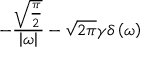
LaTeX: - { \frac { \sqrt { \frac { \pi } { 2 } } } { \left| \omega \right| } } - { \sqrt { 2 \pi } } \gamma \delta \left( \omega \right)